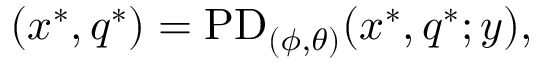
( x ^ { * } , q ^ { * } ) = \mathrm { P D } _ { ( \phi , \theta ) } ( x ^ { * } , q ^ { * } ; y ) ,